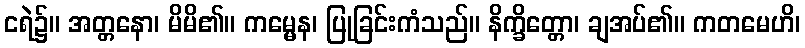
ငရဲ၌။ အတ္တနော၊ မိမိ၏။ ကမ္မေန၊ ပြုခြင်းကံသည်။ နိက္ခိတ္တော၊ ချအပ်၏။ ကတမေဟိ၊